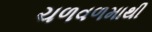
ચળવળમાથી